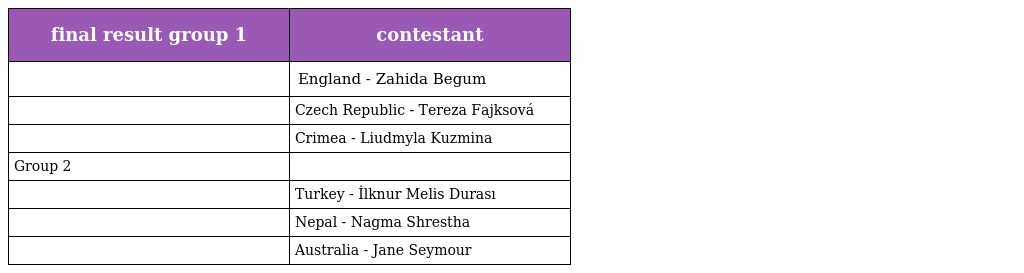
| final result group 1 | contestant |
 | --- | --- |
 |  | England - Zahida Begum |
 |  | Czech Republic - Tereza Fajksová |
 |  | Crimea - Liudmyla Kuzmina |
 | Group 2 |  |
 |  | Turkey - İlknur Melis Durası |
 |  | Nepal - Nagma Shrestha |
 |  | Australia - Jane Seymour |